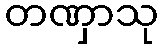
တဏှာသု